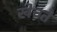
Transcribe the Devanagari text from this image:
खेचते